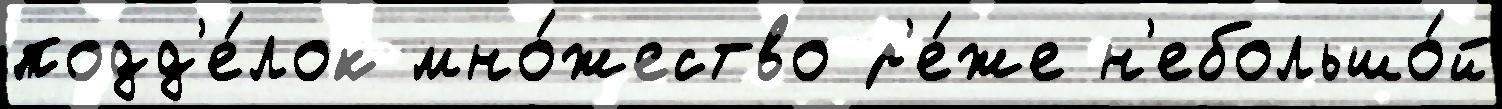
подд'е́лок мно́жество р'е́же н'ебольшо́й